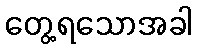
တွေ့ရသောအခါ